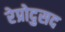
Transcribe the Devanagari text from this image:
रेप्रोदुसद